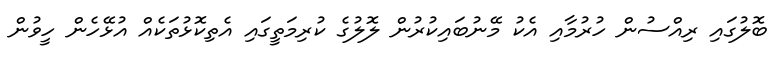
ބޮލުގައި ރިއްސުން ހުރުމާއި އެކު މޭނުބައިކުރުން ލޮލުގެ ކުރިމަތީގައި އެތިކޮޅުތަކެއް އުޅޭހެން ހީވުން